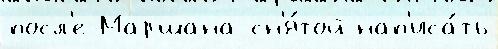
посл'е Маршана сн'я́той нап'иса́ть